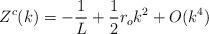
LaTeX: \begin{align*}Z^c(k) = -\frac{1}{L} + \frac{1}{2}r_o k^2 + O(k^4) \end{align*}